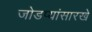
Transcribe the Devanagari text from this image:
जोडप्यांसारखे